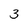
Character: 3